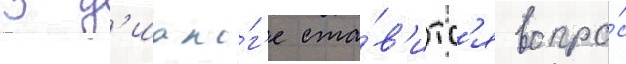
В д'иало́г'е ста́в'итс'я вопро́с